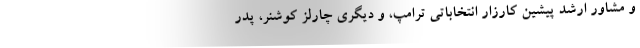
و مشاور ارشد پیشین کارزار انتخاباتی ترامپ، و دیگری چارلز کوشنر، پدر